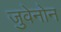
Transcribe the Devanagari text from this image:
जुवेनोन